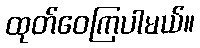
ထုတ်ဝေကြပါမယ်။